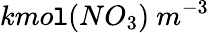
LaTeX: kmo\mathtt{l}(NO_{3})\ m^{-3}